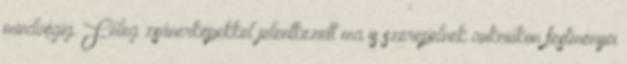
mindvégig. Főleg zsánerképekkel jelentkezett ma is szerepelnek aukciókon festményei